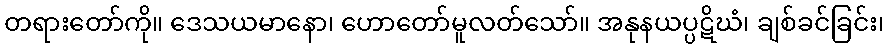
တရားတော်ကို။ ဒေသယမာနော၊ ဟောတော်မူလတ်သော်။ အနုနယပ္ပဋိဃံ၊ ချစ်ခင်ခြင်း၊